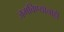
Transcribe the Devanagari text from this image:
जमविण्याचाही